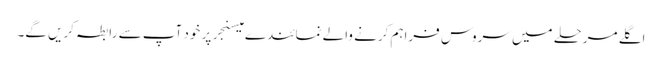
اگلے مرحلے میں سروس فراہم کرنے والے نمائندے میسنجر پر خود آپ سے رابطہ کریں گے۔